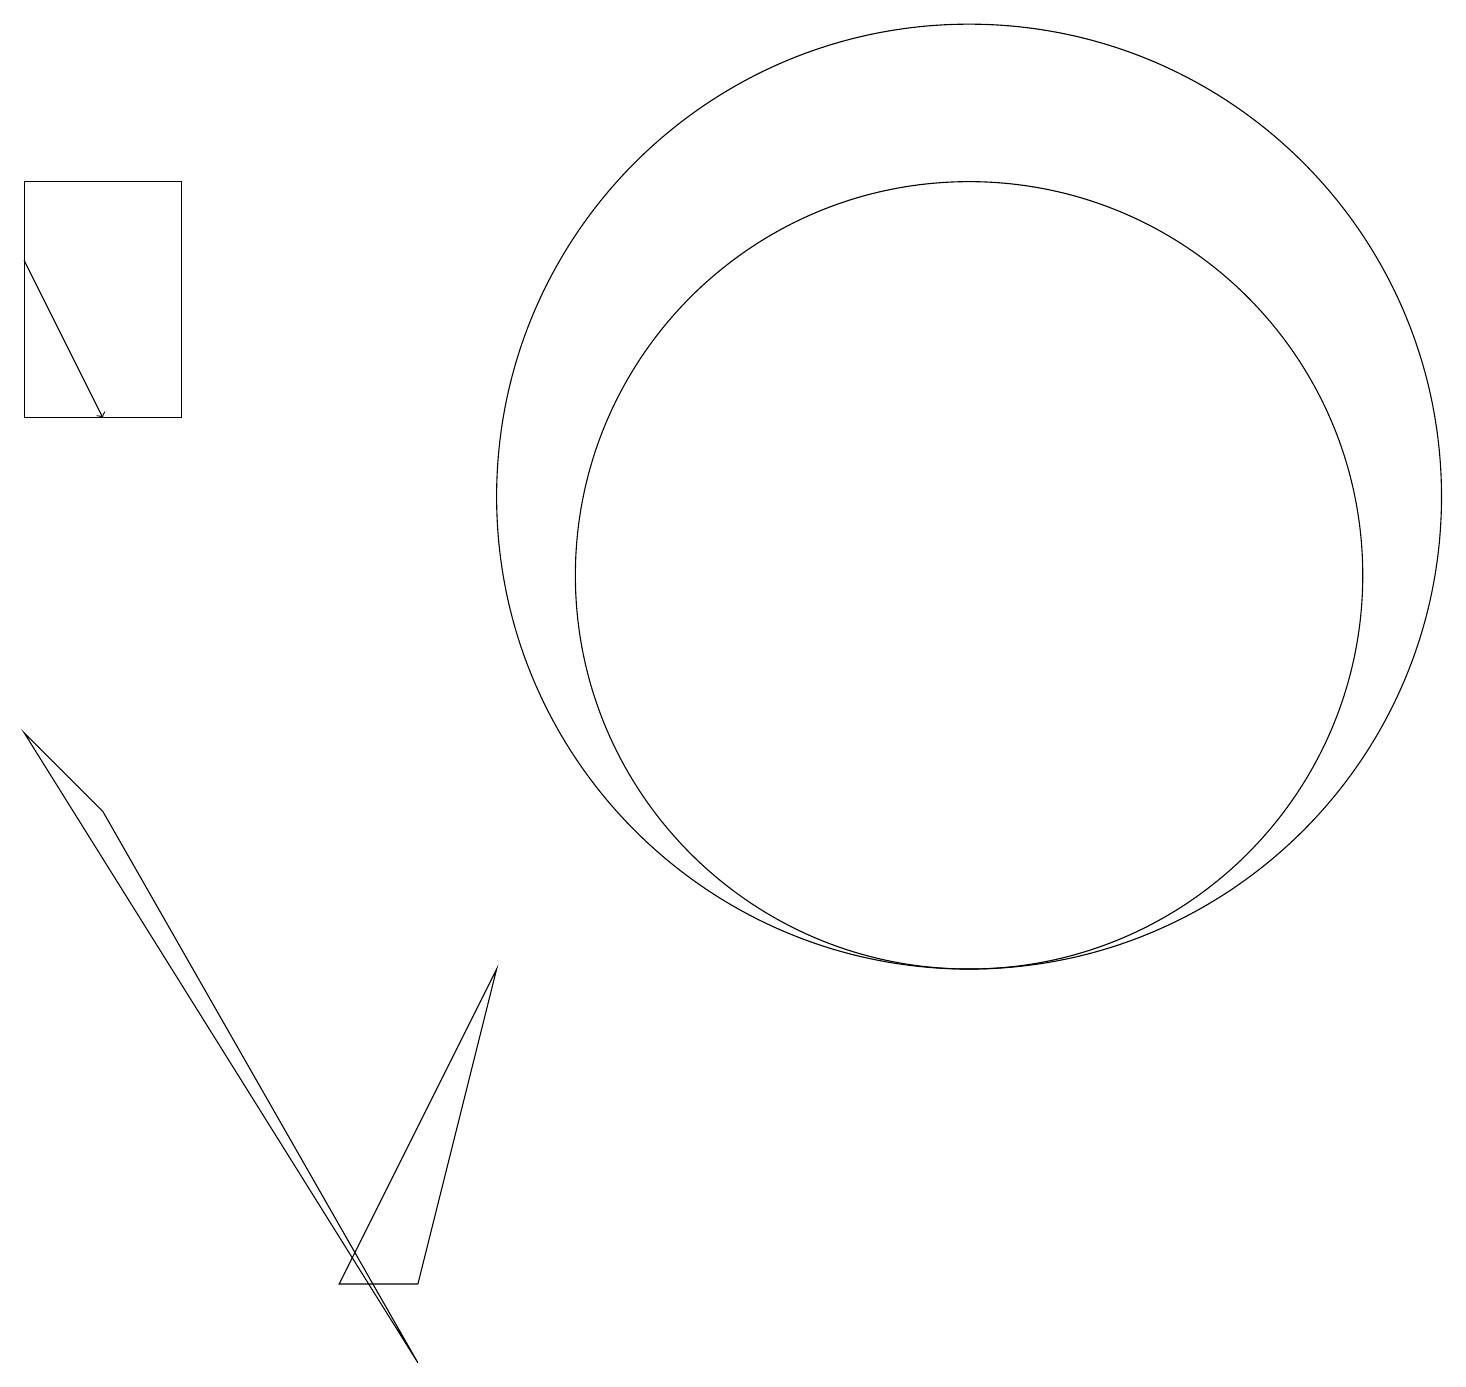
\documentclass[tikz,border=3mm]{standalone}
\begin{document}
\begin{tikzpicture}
\draw (0,12) rectangle (2,15);
\draw (1,7) -- (0,8) -- (5,0) -- cycle;
\draw (6,5) -- (4,1) -- (5,1) -- cycle;
\draw (12,11) circle (6);
\draw (12,10) circle (5);
\draw[->] (0,14) -- (1,12);
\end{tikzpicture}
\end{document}